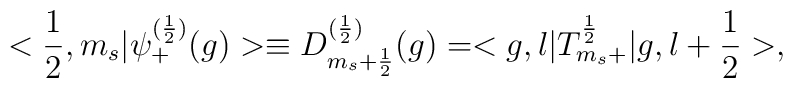
<\frac{1}{2},m_s|{\psi}_{+}^{(\frac{1}{2})}(g)>\equiv D^{(\frac{1}{2})}_{m_s+\frac{1}{2}}(g)=<g,l|T^{\frac{1}{2}}_{m_s+}|g,l+\frac{1}{2}>,